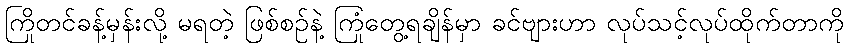
ကြိုတင်ခန့်မှန်းလို့ မရတဲ့ ဖြစ်စဉ်နဲ့ ကြုံတွေ့ရချိန်မှာ ခင်ဗျားဟာ လုပ်သင့်လုပ်ထိုက်တာကို